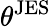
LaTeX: \theta^{\mathrm{JES}}